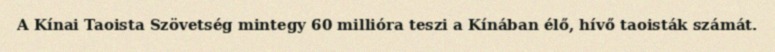
A Kínai Taoista Szövetség mintegy 60 millióra teszi a Kínában élő, hívő taoisták számát.